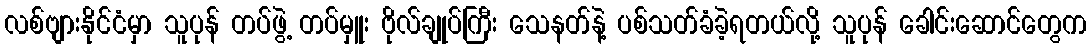
လစ်ဗျားနိုင်ငံမှာ သူပုန် တပ်ဖွဲ့ တပ်မှူး ဗိုလ်ချုပ်ကြီး သေနတ်နဲ့ ပစ်သတ်ခံခဲ့ရတယ်လို့ သူပုန် ခေါင်းဆောင်တွေက